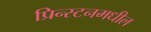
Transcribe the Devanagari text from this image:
प्रिन्स्टनमधील